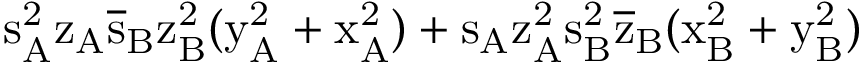
\mathrm { s _ { A } ^ { 2 } \mathrm { z _ { A } \mathrm { \overline { { s } } _ { B } \mathrm { z _ { B } ^ { 2 } ( \mathrm { y _ { A } ^ { 2 } + \mathrm { x _ { A } ^ { 2 } ) + \mathrm { s _ { A } \mathrm { z _ { A } ^ { 2 } \mathrm { s _ { B } ^ { 2 } \mathrm { \overline { { z } } _ { B } ( \mathrm { x _ { B } ^ { 2 } + \mathrm { y _ { B } ^ { 2 } ) } } } } } } } } } } } }